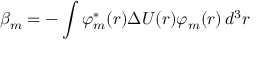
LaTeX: \beta _ { m } = - \int \varphi _ { m } ^ { * } ( { \boldsymbol { r } } ) \Delta U ( { \boldsymbol { r } } ) \varphi _ { m } ( { \boldsymbol { r } } ) \, d ^ { 3 } r